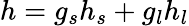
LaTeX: h=g_{s}h_{s}+g_{l}h_{l}